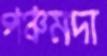
পঞ্চমদা